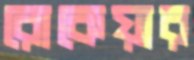
রোকেয়ার